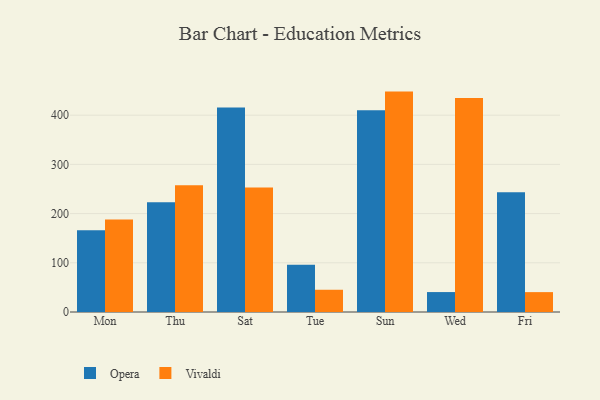
{"axis": {"x": "Day", "y": "Operating Costs (USD K)"}, "legend": ["Opera", "Vivaldi"], "data": [{"x": "Mon", "y": 166.1, "type": "Opera"}, {"x": "Mon", "y": 188.0, "type": "Vivaldi"}, {"x": "Thu", "y": 223.0, "type": "Opera"}, {"x": "Thu", "y": 257.5, "type": "Vivaldi"}, {"x": "Sat", "y": 415.5, "type": "Opera"}, {"x": "Sat", "y": 252.9, "type": "Vivaldi"}, {"x": "Tue", "y": 96.2, "type": "Opera"}, {"x": "Tue", "y": 45.2, "type": "Vivaldi"}, {"x": "Sun", "y": 409.8, "type": "Opera"}, {"x": "Sun", "y": 447.9, "type": "Vivaldi"}, {"x": "Wed", "y": 40.5, "type": "Opera"}, {"x": "Wed", "y": 434.7, "type": "Vivaldi"}, {"x": "Fri", "y": 243.4, "type": "Opera"}, {"x": "Fri", "y": 40.4, "type": "Vivaldi"}]}